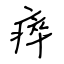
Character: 瘁